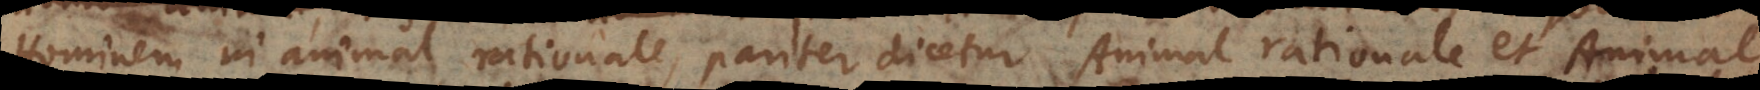
Hominem in animal rationale, pariter dicetur Animal rationale et Animal,